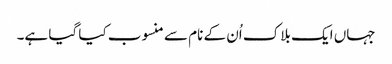
جہاں ایک بلاک اُن کے نام سے منسوب کیا گیا ہے۔